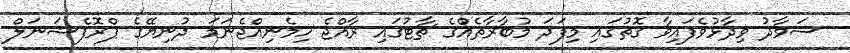
ސަވާދު ވިދާޅުވެފައިވާ ގޮތުގައި މިފަދަ މުބާރާތެއްގެ ޗާޓުގައި ރާއްޖެ ހިމެނިއްޖެނަމަ ދުނިޔޭގެ ޕްރޮފެޝަނަލް